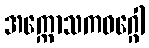
အက္ကောသကဝဂ္ဂေါ